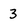
Character: 3